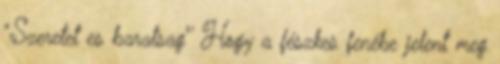
"Szeretet es baratsag"' Hogy a fészkes fenébe jelent meg